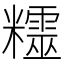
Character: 𥽛